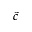
\tilde { c }